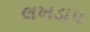
લખડાપ